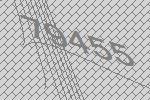
79455